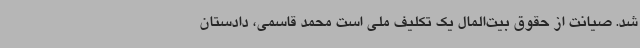
شد. صیانت از حقوق بیت‌المال یک تکلیف ملی است محمد قاسمی،‌ دادستان